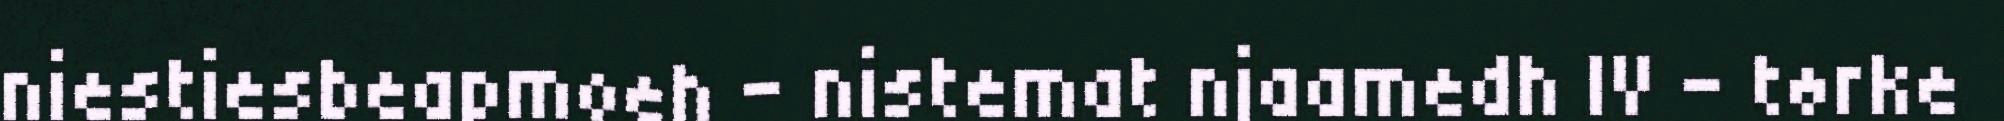
niestiesbeapmoeh - nistemat njaamedh IV – tørke